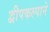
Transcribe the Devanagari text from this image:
द्वीपकल्पाने